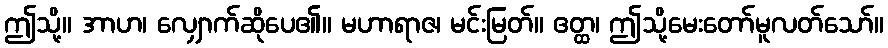
ဤသို့။ အာဟ၊ လျှောက်ဆိုပေ၏။ မဟာရာဇ၊ မင်းမြတ်။ ဧတ္ထ၊ ဤသို့မေးတော်မူလတ်သော်။